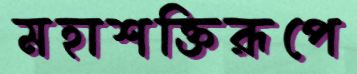
মহাশক্তিরূপে